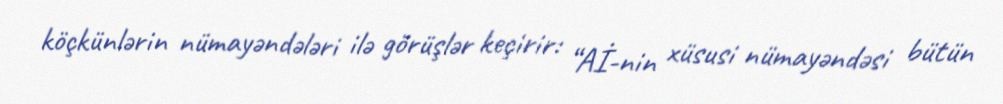
köçkünlərin nümayəndələri ilə görüşlər keçirir: “Aİ-nin xüsusi nümayəndəsi bütün